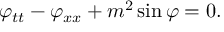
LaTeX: \, \varphi _ { t t } - \varphi _ { x x } + m ^ { 2 } \sin \varphi = 0 .